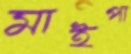
মাইপা